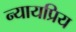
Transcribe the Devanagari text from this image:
न्‍यायप्रिय